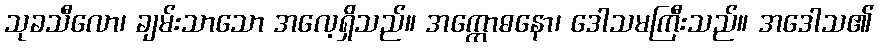
သုခသီလော၊ ချမ်းသာသော အလေ့ရှိသည်။ အက္ကောဓနော၊ ဒေါသမကြီးသည်။ အဒေါသ၏